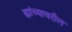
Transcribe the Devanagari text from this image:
ह्यांच्यावरील